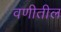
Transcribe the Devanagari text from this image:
वणीतील